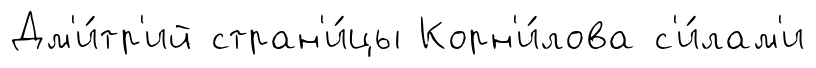
Дм'и́тр'ий стран'и́цы Корн'и́лова с'и́лам'и